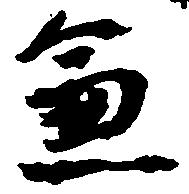
兼